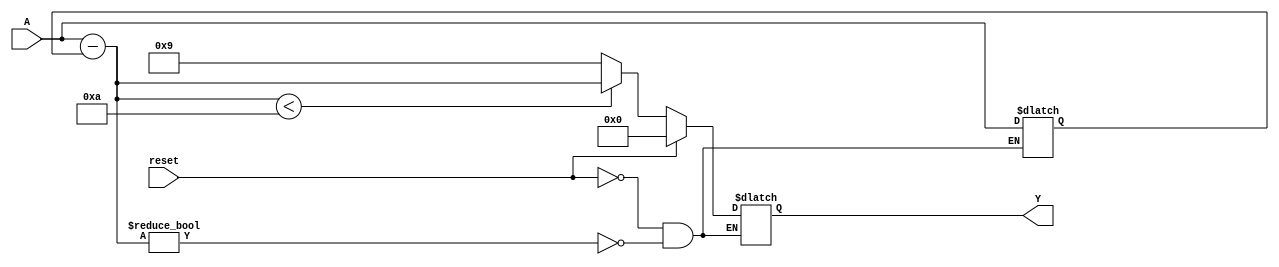
module relative_encoder #(
    parameter n = 4,  // Number of bits for binary input
    parameter m = 4   // Number of bits for BCD output
)(
    input wire [n-1:0] A,           // n-bit binary input
    input wire reset,                // Reset signal
    output reg [m-1:0] Y             // m-bit BCD output
);

    reg [n-1:0] prev_A;              // Register to hold the previous state
    reg [n-1:0] diff;                // Difference between current and previous state

    always @(*) begin
        if (reset) begin
            Y <= 4'b0000;            // Initialize BCD output to 0 on reset
            prev_A <= A;             // Store the initial state
        end else begin
            // Calculate the difference
            diff = A - prev_A;       // Compute the difference
            if (diff != 0) begin
                // Convert difference to BCD
                // Note: This simple implementation assumes diff will fit in m-bits BCD
                // For larger values, BCD conversion logic would need to be implemented
                if (diff < 10) begin
                    Y <= diff;       // Directly assign if within BCD range
                end else begin
                    // Handle the case where diff exceeds BCD range
                    Y <= 4'b1001;    // Example: Set Y to BCD 9 for out of range
                end
                prev_A <= A;         // Update previous state
            end
        end
    end

endmodule